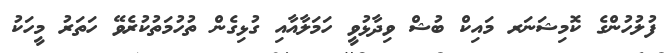
ފުލުހުންގެ ކޮމިޝަނަރ މައިކް ބުޝް ވިދާޅުވީ ހަމަލާއާއި ގުޅިގެން ތުހުމަތުކުރެވޭ ހަތަރު މީހަކު